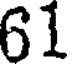
61